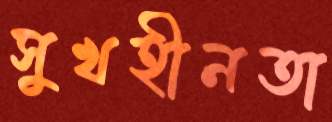
সুখহীনতা